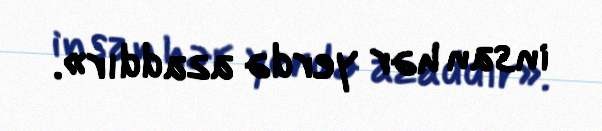
insan hər yerdə azaddır».